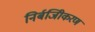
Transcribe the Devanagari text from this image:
निर्बजिीकरण